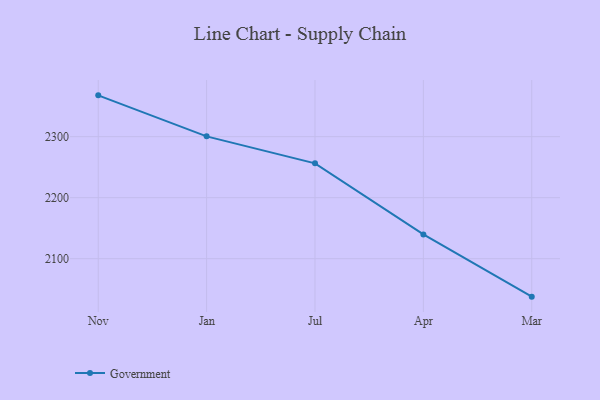
{"axis": {"x": "Month", "y": "Shipments"}, "legend": ["Government"], "data": [{"x": "Nov", "y": 2367.7, "type": "Government"}, {"x": "Jan", "y": 2300.5, "type": "Government"}, {"x": "Jul", "y": 2256.3, "type": "Government"}, {"x": "Apr", "y": 2139.8, "type": "Government"}, {"x": "Mar", "y": 2037.8, "type": "Government"}]}